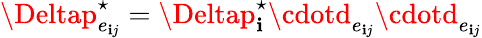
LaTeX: \Deltap_{e_{\mathbf{i}j}}^{\star}=\Deltap_{\mathbf{i}}^{\star}\cdotd_{e_{\mathbf{i}j}}\cdotd_{e_{\mathbf{i}j}}